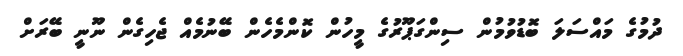
ދުމުގެ މައްސަލަ ބޮޑުވުމުން ސިންގަޕޫރުގެ މީހުން ކޮންމެހެން ބޭނުމެއް ޖެހިގެން ނޫނީ ބޭރަށް